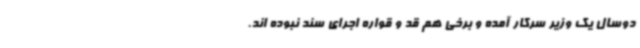
دوسال یک وزیر سرکار آمده و برخی هم قد و قواره اجرای سند نبوده اند.